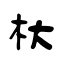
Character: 杕